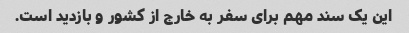
این یک سند مهم برای سفر به خارج از کشور و بازدید است.